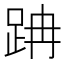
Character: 𨀅